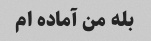
بله من آماده ام